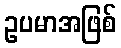
ဥပမာအဖြစ်